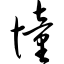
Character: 憧